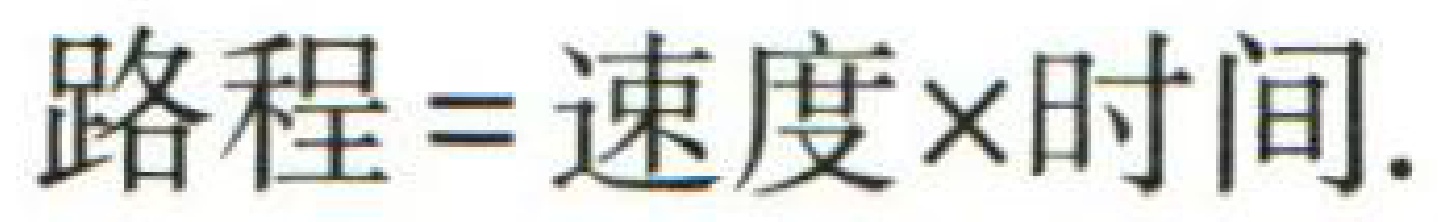
路程=速度×时间